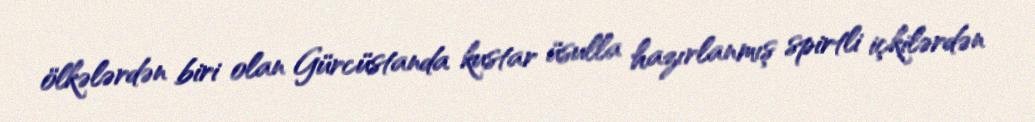
ölkələrdən biri olan Gürcüstanda kustar üsulla hazırlanmış spirtli içkilərdən